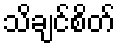
သိချင်စိတ်